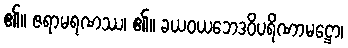
၏။ ဇရာမရဏဿ၊ ၏။ ခယဝယဘေဒဝိပရိဏာမဋ္ဌော၊